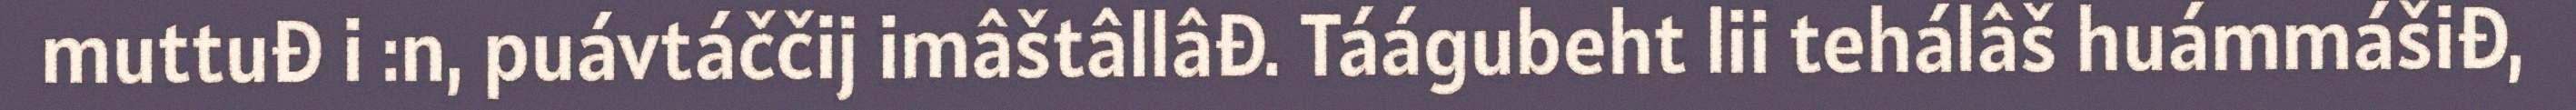
muttuđ i :n, puávtáččij imâštâllâđ. Táágubeht lii tehálâš huámmášiđ,